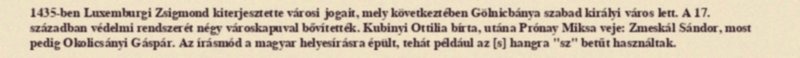
1435-ben Luxemburgi Zsigmond kiterjesztette városi jogait, mely következtében Gölnicbánya szabad királyi város lett. A 17. században védelmi rendszerét négy városkapuval bővítették. Kubinyi Ottilia bírta, utána Prónay Miksa veje: Zmeskál Sándor, most pedig Okolicsányi Gáspár. Az írásmód a magyar helyesírásra épült, tehát például az [s] hangra "sz" betűt használtak.